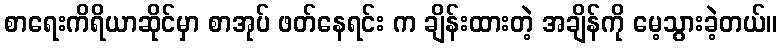
စာရေးကိရိယာဆိုင်မှာ စာအုပ် ဖတ်နေရင်း က ချိန်းထားတဲ့ အချိန်ကို မေ့သွားခဲ့တယ်။